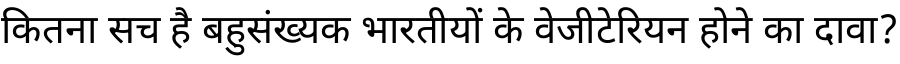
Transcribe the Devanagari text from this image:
कितना सच है बहुसंख्यक भारतीयों के वेजीटेरियन होने का दावा?